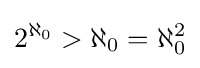
2^{\aleph _{0}}>\aleph _{0}=\aleph _{0}^{2}